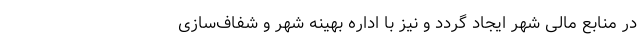
در منابع مالی شهر ایجاد گردد و نیز با اداره بهینه شهر و شفاف‌سازی